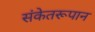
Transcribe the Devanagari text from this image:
संकेतरूपान